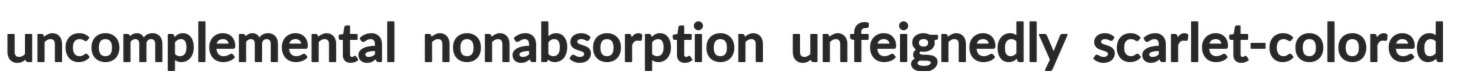
uncomplemental nonabsorption unfeignedly scarlet-colored